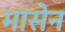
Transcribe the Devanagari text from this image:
भासेन